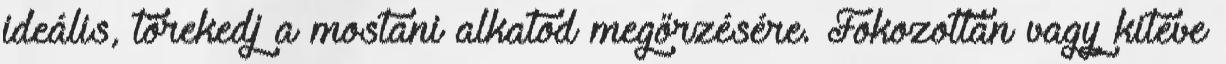
ideális, törekedj a mostani alkatod megőrzésére. Fokozottan vagy kitéve